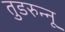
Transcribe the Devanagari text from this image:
तुडरुन्नू